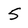
Character: 5